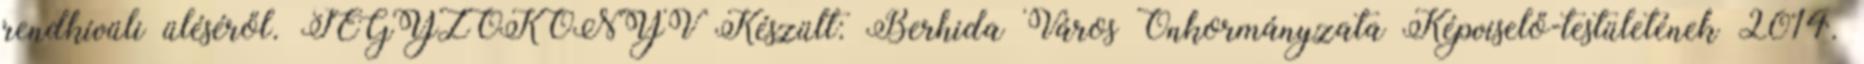
rendkívüli üléséről. JEGYZŐKÖNYV Készült: Berhida Város Önkormányzata Képviselő-testületének 2014.